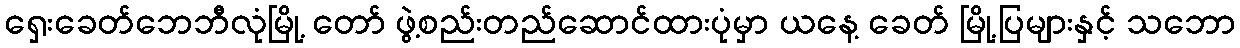
ရှေးခေတ်ဘေဘီလုံမြို့ တော် ဖွဲ့စည်းတည်ဆောင်ထားပုံမှာ ယနေ့ ခေတ် မြို့ပြများနှင့် သဘော